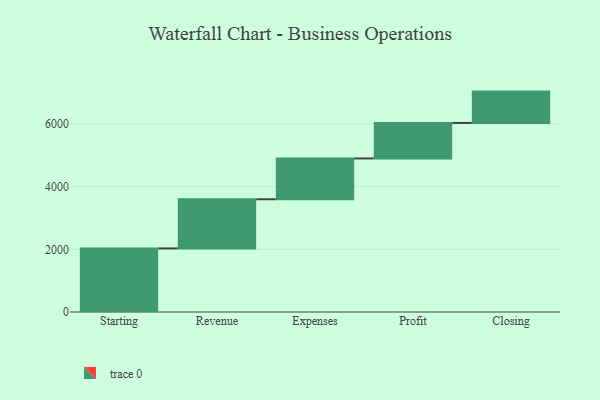
{"axis": {"x": "Step", "y": "Value"}, "legend": [""], "data": [{"x": "Starting", "y": 2029.0, "type": ""}, {"x": "Revenue", "y": 1568.0, "type": ""}, {"x": "Expenses", "y": 1302.0, "type": ""}, {"x": "Profit", "y": 1133.0, "type": ""}, {"x": "Closing", "y": 1000, "type": ""}]}